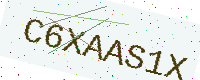
Text: C6XAAS1X